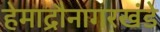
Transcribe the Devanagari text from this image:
हेमाद्रौनागरखंडे